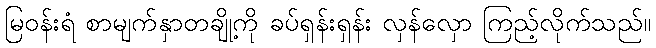
မြဝန်းရံ စာမျက်နှာတချို့ကို ခပ်ရှန်းရှန်း လှန်လှော ကြည့်လိုက်သည်။